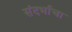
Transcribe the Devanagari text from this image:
संदर्भाचा